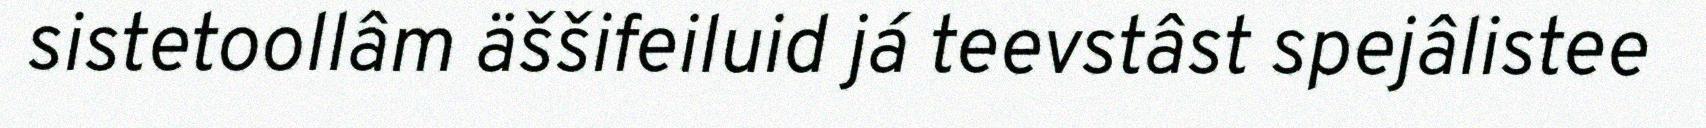
sistetoollâm äššifeiluid já teevstâst spejâlistee